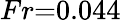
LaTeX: Fr{=}0.044